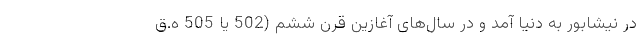
در نیشابور به دنیا آمد و در سال‌های آغازین قرن ششم (502 یا 505 ه.ق